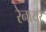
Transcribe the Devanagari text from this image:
रेनायर